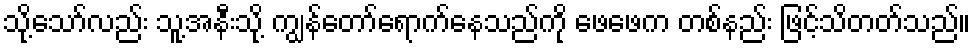
သို့သော်လည်း သူ့အနီးသို့ ကျွန်တော်ရောက်နေသည်ကို ဖေဖေက တစ်နည်း ဖြင့်သိတတ်သည်။